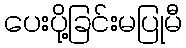
ပေးပို့ခြင်းမပြုမီ